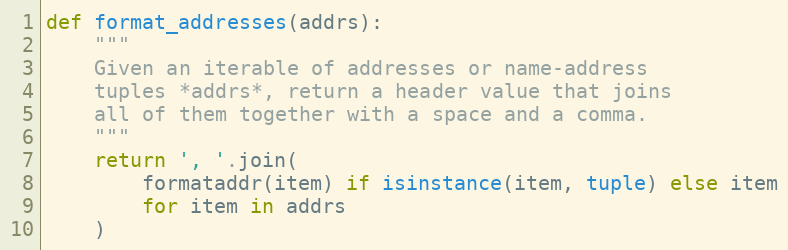
Language: Python
def format_addresses(addrs):
    """
    Given an iterable of addresses or name-address
    tuples *addrs*, return a header value that joins
    all of them together with a space and a comma.
    """
    return ', '.join(
        formataddr(item) if isinstance(item, tuple) else item
        for item in addrs
    )